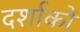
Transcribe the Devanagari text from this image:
दर्शाकों